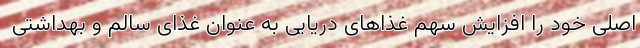
اصلی خود را افزایش سهم غذاهای دریایی به عنوان غذای سالم و بهداشتی